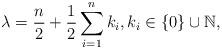
LaTeX: \begin{align*}\lambda=\frac n2+\frac12\sum_{i=1}^nk_i, k_i\in \{0\}\cup\mathbb{N},\end{align*}